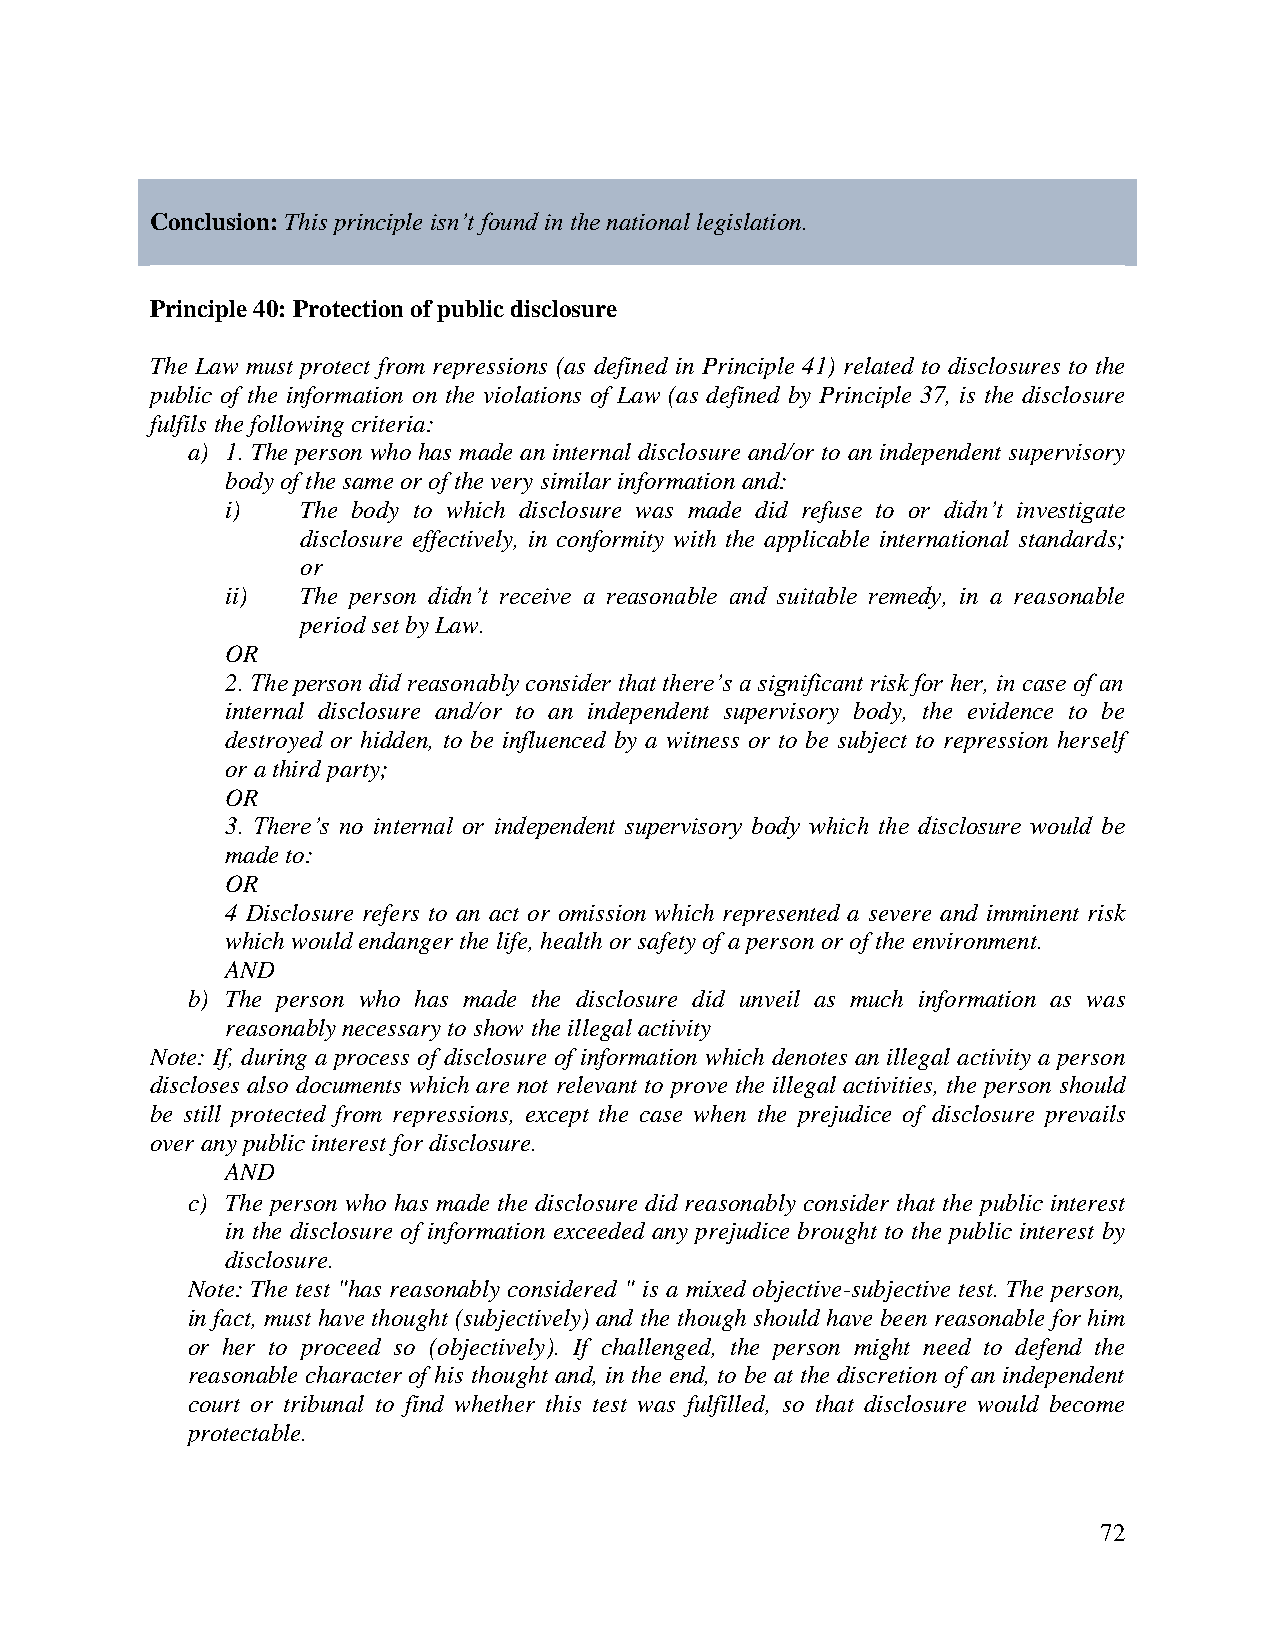
Conclusion: This principle isn’t found in the national legislation.
 Principle 40: Protection of public disclosure
 The Law must protect from repressions (as defined in Principle 41) related to disclosures to the
 public of the information on the violations of Law (as defined by Principle 37, is the disclosure
 fulfils the following criteria:
 a) 1. The person who has made an internal disclosure and/or to an independent supervisory
 body of the same or of the very similar information and:
 i)   The body to which disclosure was made did refuse to or didn’t investigate
 disclosure effectively, in conformity with the applicable international standards;
 or
 ii)  The person didn’t receive a reasonable and suitable remedy, in a reasonable
 period set by Law.
 OR
 2. The person did reasonably consider that there’s a significant risk for her, in case of an
 internal disclosure and/or to an independent supervisory body, the evidence to be
 destroyed or hidden, to be influenced by a witness or to be subject to repression herself
 or a third party;
 OR
 3. There’s no internal or independent supervisory body which the disclosure would be
 made to:
 OR
 4 Disclosure refers to an act or omission which represented a severe and imminent risk
 which would endanger the life, health or safety of a person or of the environment.
 AND
 b) The person who has made the disclosure did unveil as much information as was
 reasonably necessary to show the illegal activity
 Note: If, during a process of disclosure of information which denotes an illegal activity a person
 discloses also documents which are not relevant to prove the illegal activities, the person should
 be still protected from repressions, except the case when the prejudice of disclosure prevails
 over any public interest for disclosure.
 AND
 c) The person who has made the disclosure did reasonably consider that the public interest
 in the disclosure of information exceeded any prejudice brought to the public interest by
 disclosure.
 Note: The test "has reasonably considered " is a mixed objective-subjective test. The person,
 in fact, must have thought (subjectively) and the though should have been reasonable for him
 or her to proceed so (objectively). If challenged, the person might need to defend the
 reasonable character of his thought and, in the end, to be at the discretion of an independent
 court or tribunal to find whether this test was fulfilled, so that disclosure would become
 protectable.
 72